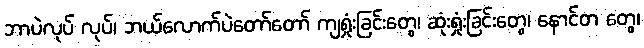
ဘာပဲလုပ် လုပ်၊ ဘယ်လောက်ပဲတော်တော် ကျရှုံးခြင်းတွေ၊ ဆုံးရှုံးခြင်းတွေ၊ နောင်တ တွေ၊